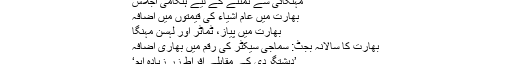
مہنگائی سے نمٹنے کے لیے ہنگامی اجلاس
بھارت میں عام اشیاء کی قیمتوں میں اضافہ
بھارت میں پیاز، ٹماٹر اور لہسن مہنگا
بھارت کا سالانہ بجٹ: سماجی سیکٹر کی رقم میں بھاری اضافہ
’دہشتگردی کے مقابلے افراطِ زر زیادہ اہم‘